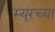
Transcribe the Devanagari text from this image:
म्यूरच्या